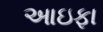
આઇફા